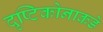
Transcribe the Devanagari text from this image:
दृष्टिकोनाकडे